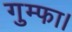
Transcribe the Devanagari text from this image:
गुम्फा।